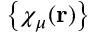
\left\{ \chi _ { \mu } ( \mathbf { r } ) \right\}